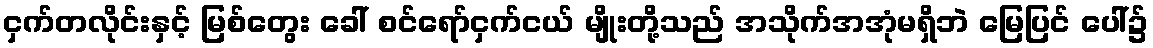
ငှက်တလိုင်းနှင့် မြစ်တွေး ခေါ် စင်ရော်ငှက်ငယ် မျိုးတို့သည် အသိုက်အအုံမရှိဘဲ မြေပြင် ပေါ်၌